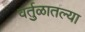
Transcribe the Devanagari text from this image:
वर्तुळातल्या